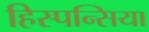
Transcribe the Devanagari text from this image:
हिस्पन्सिया